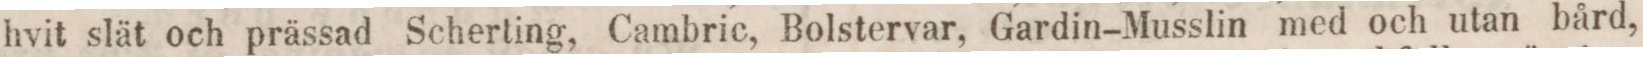
hvit slät och prässad Scherting, Cambric, Bolstervar, Gardin-Musslin med och utan bård,